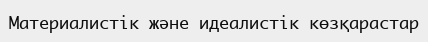
Материалистік және идеалистік көзқарастар